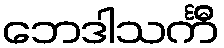
ဘေဒါသင်္ကီ